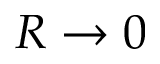
R \to 0